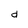
Character: d